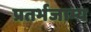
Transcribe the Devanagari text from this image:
प्रतर्भजाम्य